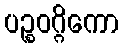
ပဉ္စဝဂ္ဂိကော